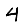
Digit: 4